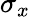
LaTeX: \sigma_{x}